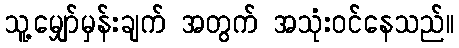
သူ့မျှော်မှန်းချက် အတွက် အသုံးဝင်နေသည်။